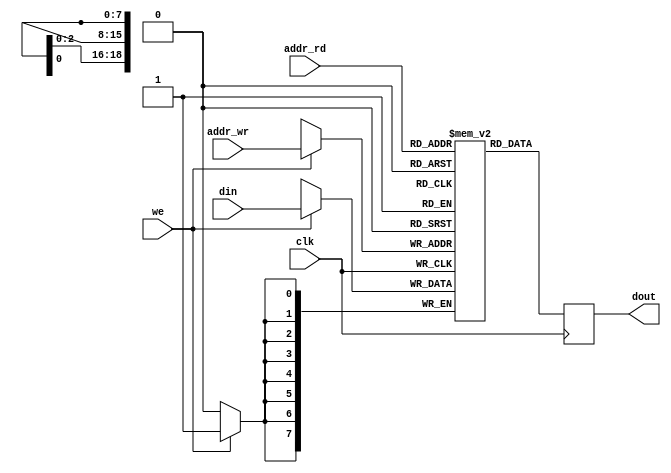

module vram (
  input clk,
  input [18:0] addr_rd,
  input [18:0] addr_wr,
  input [7:0] din,
  output reg [7:0] dout,
  input we
);

reg [7:0] memory[640*480-1:0];

always @(posedge clk)
  if (we) memory[addr_wr] <= din;

always @(posedge clk)
  dout <= memory[addr_rd];
  
endmodule